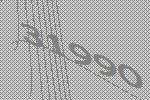
31990